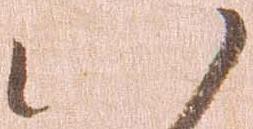
八